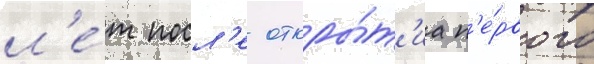
л'е́т посл'е откры́т'иа п'е́рвого